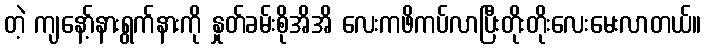
တဲ့ ကျနော့်နားရွက်နားကို နှုတ်ခမ်းစိုအိအိ လေးကဖိကပ်လာပြီးတိုးတိုးလေးမေးလာတယ်။